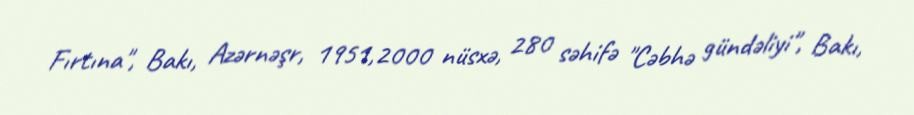
Fırtına", Bakı, Azərnəşr, 1951,2000 nüsxə, 280 səhifə "Cəbhə gündəliyi", Bakı,